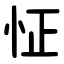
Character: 怔